Bréfritari: Gunnlaugur Einarsson
Viðtakandi: Einar Friðgeirsson
Dagsetning: A-1888-10-01
Skrifað á: Akureyri  Eyf.

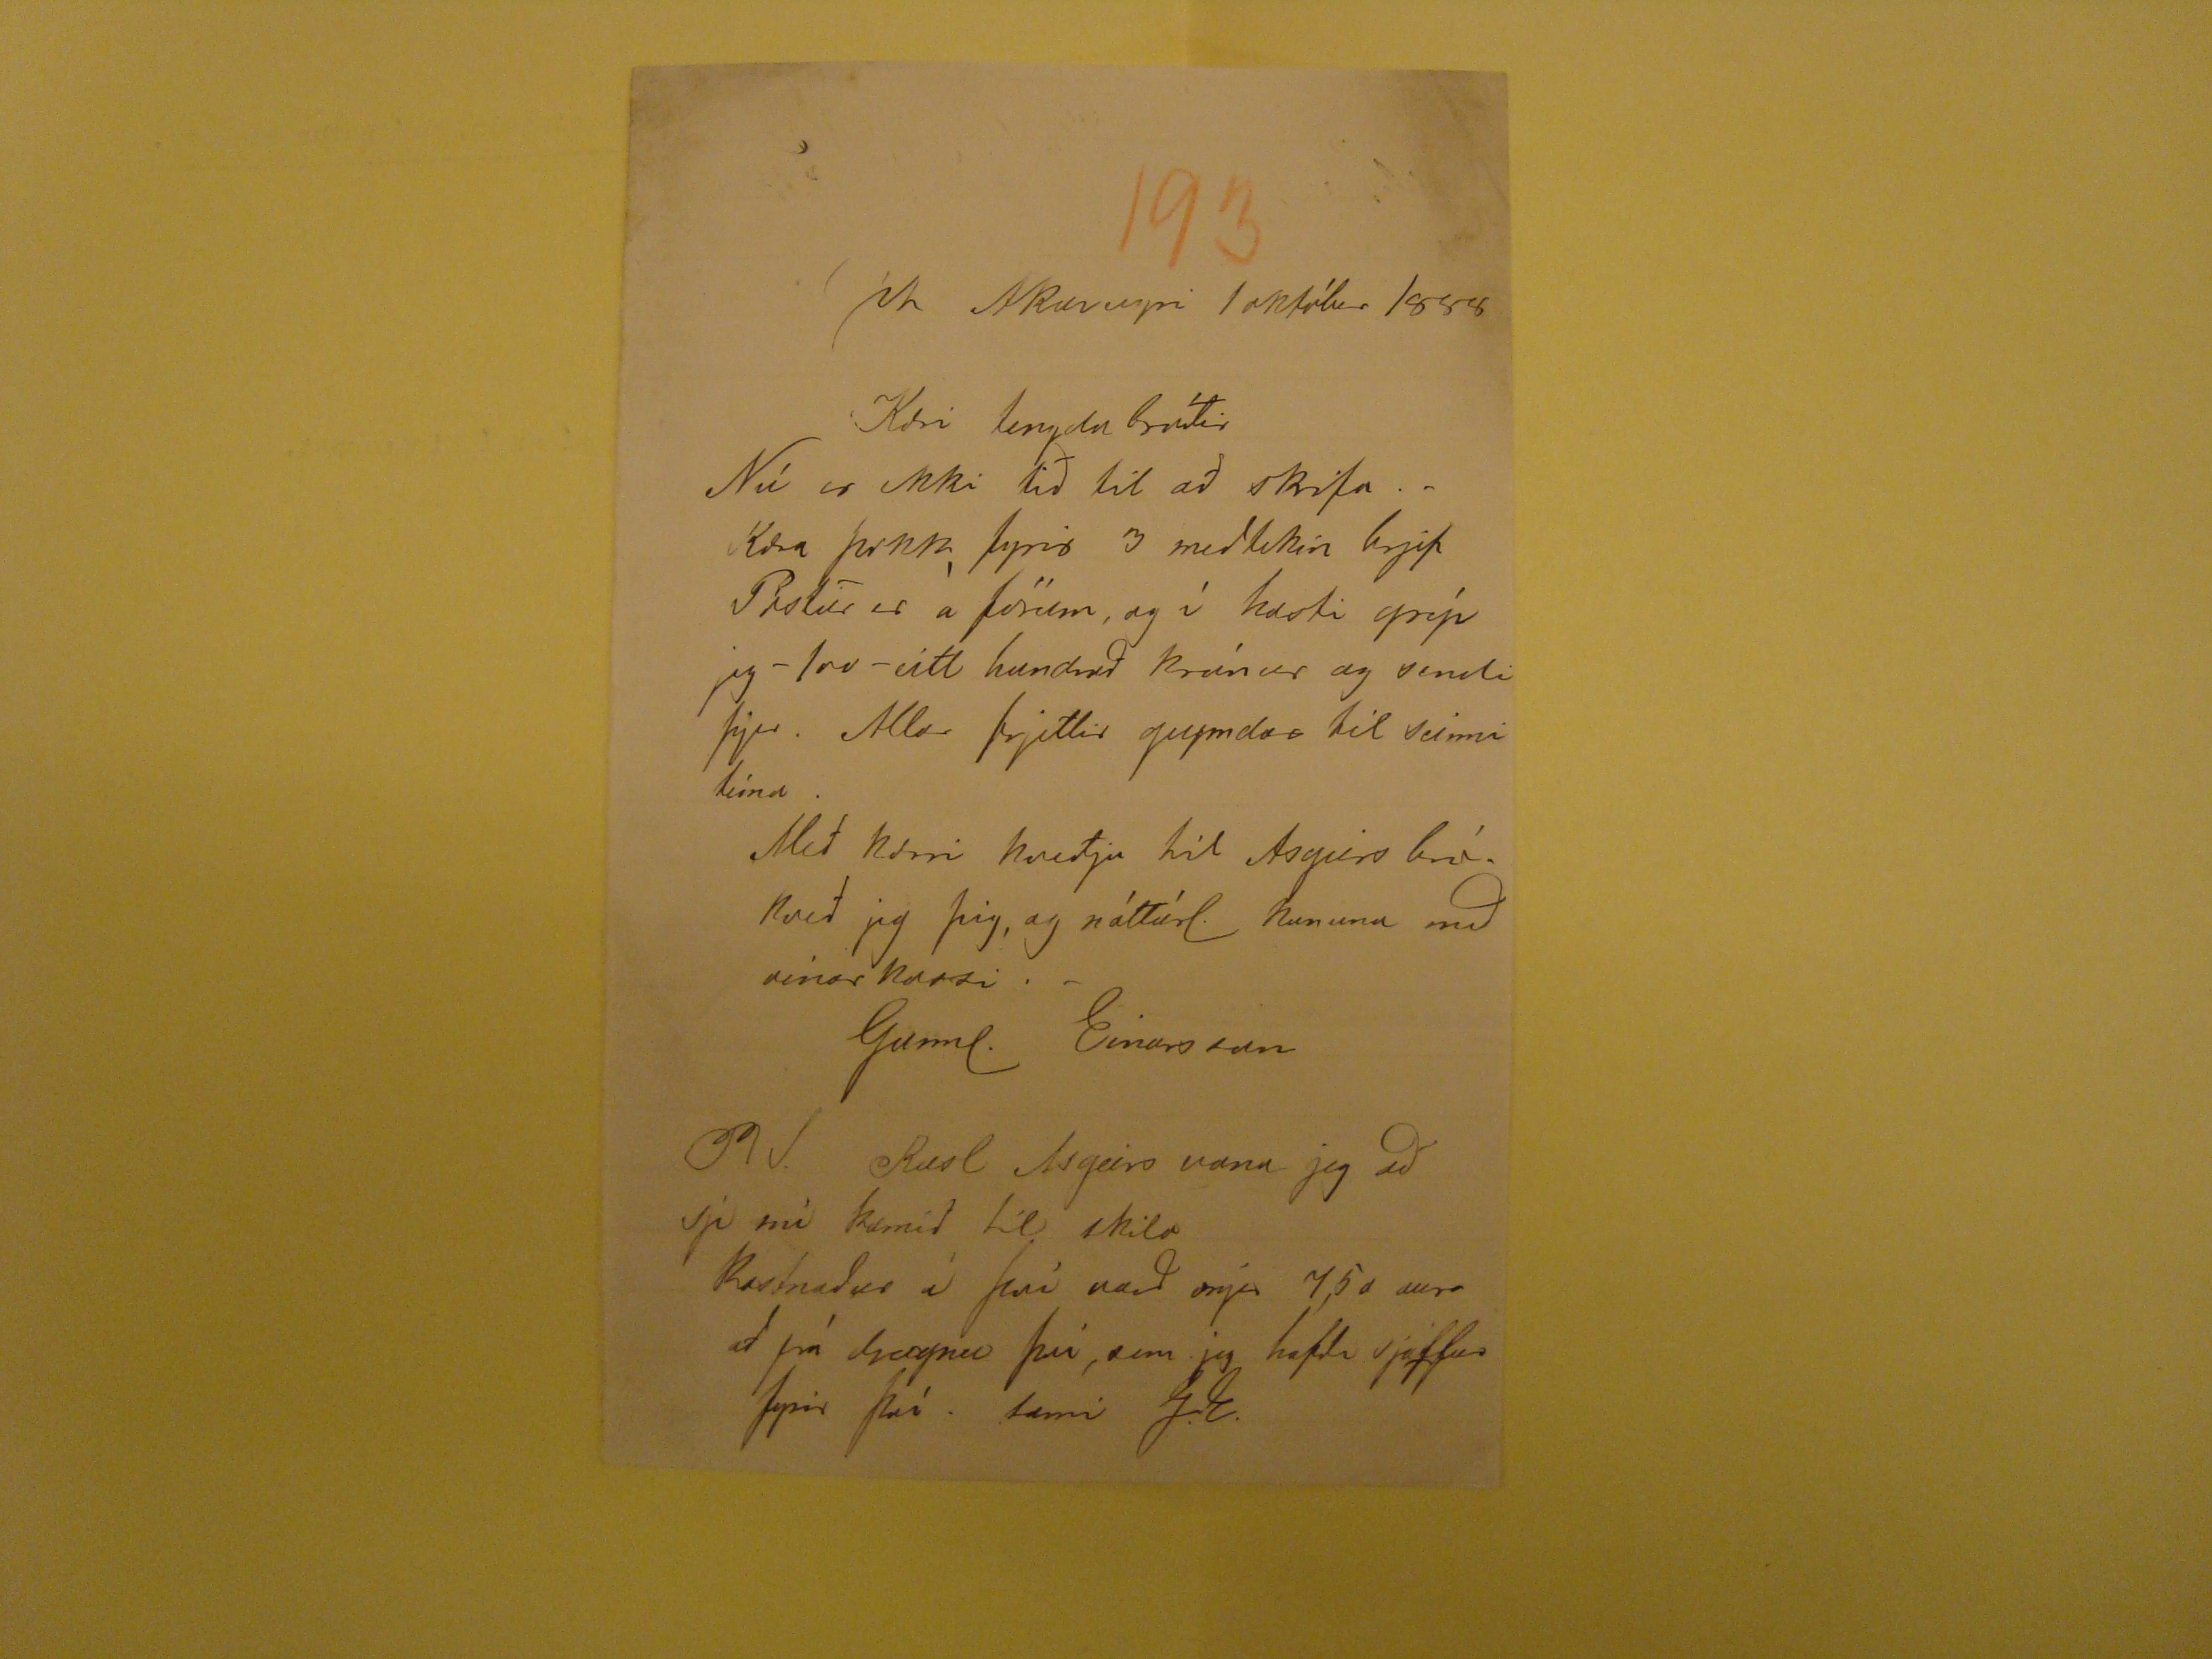

Vk
Akureyri 1 október 1888
Kæri tengda bróðir
Nú er ekki tið til að skrifa . . Kæra þokk fyrir 3 meðtekin brjef PRestur er á förum, og í hasti gríp jeg - tvo - eitt hundrað krónur og sendi þjer. Allar frjettir
geymdar til seinni tíma. Með kærri kveðju til Asgeirs bró. Kveð jeg þig, og náttúrl. konuna með vinar kossi. _
Gunnl. Einarsson
BV.
Rusl Asgeirs vona jeg að sje nú komið til skila Kostnaður í því naði mjer 7,5 a aura að frá dregnu því, sem jeg hafði sjálfur fyrir því.
sami G.E.